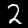
Digit: 2